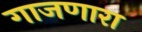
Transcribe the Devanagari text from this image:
गाजणारा